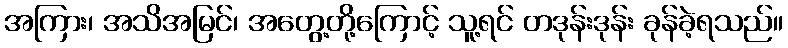
အကြား၊ အသိအမြင်၊ အတွေ့တို့ကြောင့် သူ့ရင် တဒုန်းဒုန်း ခုန်ခဲ့ရသည်။